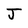
Character: J